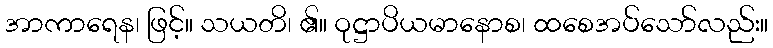
အာကာရေန၊ ဖြင့်။ သယတိ၊ ၏။ ဝုဋ္ဌာပိယမာနောစ၊ ထစေအပ်သော်လည်း။